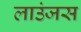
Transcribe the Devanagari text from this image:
लाउंजस